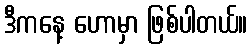
ဒီကနေ့ ဟောမှာ ဖြစ်ပါတယ်။